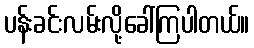
ပန်းခင်းလမ်းလို့ခေါ်ကြပါတယ်။